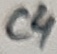
Text: C4